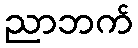
ညာဘက်